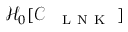
\mathcal { H } _ { 0 } [ \mathcal { C } _ { \mathrm { ~ \texttt ~ { ~ L ~ N ~ K ~ } ~ } } ]